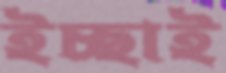
ইচ্ছাই